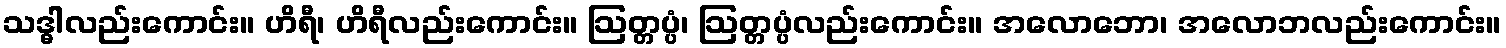
သဒ္ဓါလည်းကောင်း။ ဟိရီ၊ ဟိရီလည်းကောင်း။ ဩတ္တပ္ပံ၊ ဩတ္တပ္ပံလည်းကောင်း။ အလောဘော၊ အလောဘလည်းကောင်း။